Lunatic asylums Central Provinces reports 1895-1909 - 1895-1909
Year: 1895
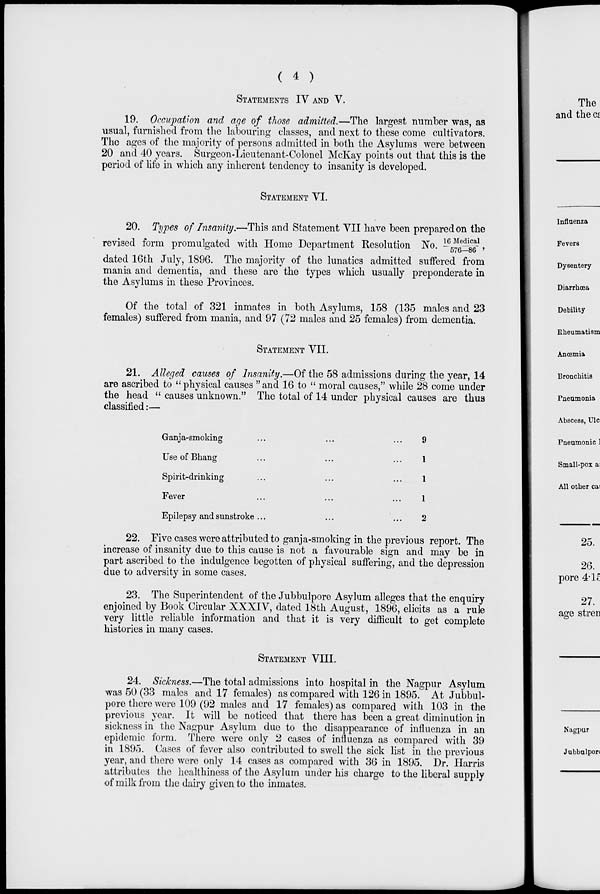
( 4 )
STATEMENTS IV AND V.
19. Occupation and age of those admitted.—The largest number was, as
usual, furnished from the labouring classes, and next to these come cultivators.
The ages of the majority of persons admitted in both the Asylums were between
20 and 40 years. Surgeon-Lieutenant-Colonel McKay points out that this is the
period of life in which any inherent tendency to insanity is developed.
STATEMENT VI.
20. Types of Insanity.—This and Statement VII have been prepared on the
revised form promulgated with Home Department Resolution No. 16 Medi cal / 576-86 ,
dated 16th July, 1896. The majority of the lunatics admitted suffered from
mania and dementia, and these are the types which usually preponderate in
the Asylums in these Provinces.
Of the total of 321 inmates in both Asylums, 158 (135 males and 23
females) suffered from mania, and 97 (72 males and 25 females) from dementia.
STATEMENT VII.
21. Alleged causes of Insanity.—Of the 58 admissions during the year, 14
are ascribed to "physical causes "and 16 to " moral causes," while 28 come under
the head " causes unknown." The total of 14 under physical causes are thus
classified :—
Ganja-smoking ... ...
Use of Bhang... ...
Spirit-drinking ... ...
Fever ... ...
Epilepsy and sunstroke ...
9
1
1
1
2
22. Five cases were attributed to ganja-smoking in the previous report. The
increase of insanity due to this cause is not a favourable sign and may be in
part ascribed to the indulgence begotten of physical suffering, and the depression
due to adversity in some cases.
23. The Superintendent of the Jubbulpore Asylum alleges that the enquiry
enjoined by Book Circular XXXIV, dated 18th August, 1896, elicits as a rule
very little reliable information and that it is very difficult to get complete
histories in many cases.
STATEMENT VIII.
24. Sickness.—The total admissions into hospital in the Nagpur Asylum
was 50 (33 males and 17 females) as compared with 126 in 1895. At Jubbul-
pore there were 109 (92 males and 17 females) as compared with 103 in the
previous year. It will be noticed that there has been a great diminution in
sickness in the Nagpur Asylum due to the disappearance of influenza in an
epidemic form. There were only 2 cases of influenza as compared with 39
in 1895. Cases of fever also contributed to swell the sick list in the previous
year, and there were only 14 cases as compared with 36 in 1895. Dr. Harris
attributes the healthiness of the Asylum under his charge to the liberal supply
of milk from the dairy given to the inmates.